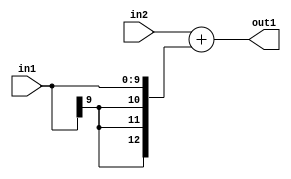
`timescale 1ps / 1ps
/*****************************************************************************
    Verilog RTL Description
    
    
    Created by: Stratus DpOpt 2019.1.01 
*******************************************************************************/

module SobelFilter_Add_13Sx10S_13S_1 (
	in2,
	in1,
	out1
	); /* architecture "behavioural" */ 
input [12:0] in2;
input [9:0] in1;
output [12:0] out1;
wire [12:0] asc001;

assign asc001 = 
	+(in2)
	+({{3{in1[9]}}, in1});

assign out1 = asc001;
endmodule

/* CADENCE  ubD4Qg0= : u9/ySgnWtBlWxVPRXgAZ4Og= ** DO NOT EDIT THIS LINE ******/